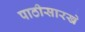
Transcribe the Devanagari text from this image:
पाठीसारखे